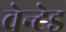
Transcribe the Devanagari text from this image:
वेन्टेड